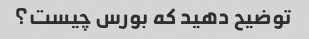
توضیح دهید که بورس چیست؟